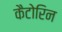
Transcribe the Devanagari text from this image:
कैटोरिन